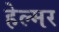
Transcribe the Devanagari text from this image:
हेल्मर